Report on plague and inoculation in the Punjab from October 1st ... to September 30th..., being the ... season of plague in the province
Disease focus: Plague
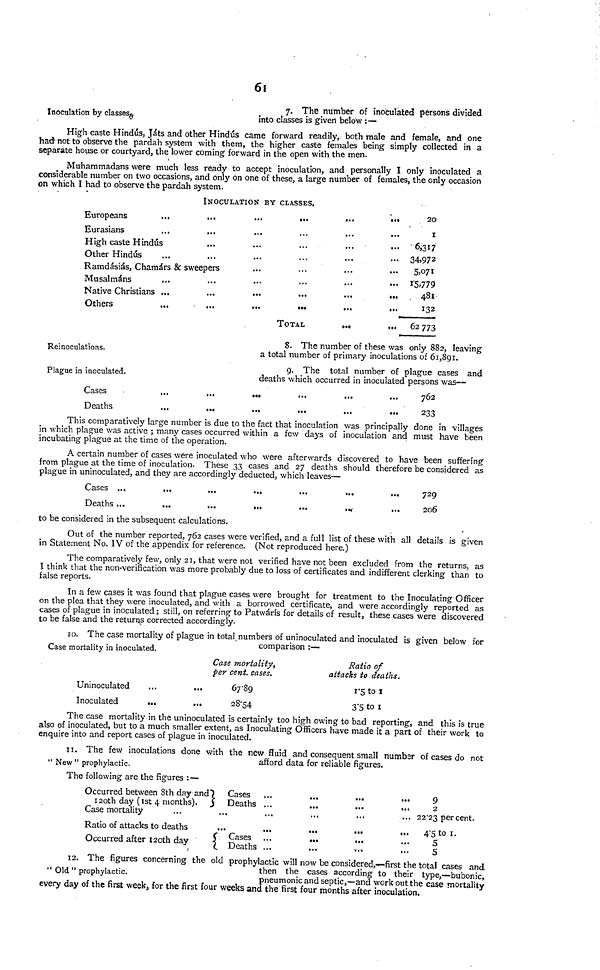
61
Inoculation by classes
7. The number of inoculated persons divided
into classes is given below :—
High caste Hindús, Játs and other Hindús came forward readily, both male and female, and one
had not to observe the pardah system with them, the higher caste females being simply collected in a
separate house or courtyard, the lower coming forward in the open with the men.
Muhammadans were much less ready to accept inoculation, and personally I only inoculated a
considerable number on two occasions, and only on one of these, a large number of females, the only occasion
on which I had to observe the pardah system.
Europeans ...
Eurasians ...
High caste Hindús
Other Hindús ...
INOCULATION BY CLASSES.
...
...
...
...
Ramdásiás, Chamárs & sweepers
Musalmáns ...
Native Christians ...
Others
...
...
...
...
...
...
...
...
...
...
...
...
...
...
...
...
...
...
...
...
TOTAL
...
...
...
...
...
...
...
...
...
...
...
...
...
...
...
...
...
...
20
I
6,317
34,972
5,071
13,779
481
132
62773
Reinoculations.
8. The number of these was only 882, leaving
a total number of primary inoculations of 61,891.
Plague in inoculated.
9. The total number of plague cases and
deaths which occurred in inoculated persons was—
Cases
Deaths
...
...
...
...
...
...
...
...
...
...
...
...
762
233
This comparatively large number is due to the fact that inoculation was principally done in villages
in which plague was active ; many cases occurred within a few days of inoculation and must have been
incubating plague at the time of the operation.
A certain number of cases were inoculated who were afterwards discovered to have been suffering
from plague at the time of inoculation. These 33 cases and 27 deaths should therefore be considered as
plague in uninoculated, and they are accordingly deducted, which leaves—
Cases
Deaths
...
...
...
...
...
...
...
...
...
...
...
...
...
...
729
206
to be considered in the subsequent calculations.
Out of the number reported, 762 cases were verified, and a full list of these with all details is given
in Statement No. IV of the appendix for reference. (Not reproduced here.)
The comparatively few, only 21, that were not verified have not been excluded from the returns, as
I think that the non-verification was more probably due to loss of certificates and indifferent clerking than to
false reports.
In a few cases it was found that plague cases were brought for treatment to the Inoculating Officer
on the plea that they were inoculated, and with a borrowed certificate, and were accordingly reported as
cases of plague in inoculated ; still, on referring to Patwárís for details of result, these cases were discovered
to be false and the returns corrected accordingly.
Case mortality in inoculated.
10. The case mortality of plague in total numbers of uninoculated and inoculated is given below for
comparison :—
Uninoculated
Inoculated
...
...
...
...
Case mortality,
per cent. cases.
67.89
28.54
Ratio of
attacks to deaths.
1.5 to 1
3.5 to 1
The case mortality in the uninoculated is certainly too high owing to bad reporting, and this is true
also of inoculated, but to a much smaller extent, as Inoculating Officers have made it a part of their work to
enquire into and report cases of plague in inoculated.
" New " prophylactic.
11. The few inoculations done with the new fluid and consequent small number of cases do not
afford data for reliable figures.
The following are the figures : —
Occurred between 8th day and
120th day (1st 4 months).
Case mortality ...
Ratio of attacks to deaths
Occurred after 120th day
Cases
Deaths
...
...
Cases
Deaths
...
...
...
...
...
...
...
...
...
...
...
...
...
...
...
...
...
...
...
...
...
...
...
...
9
2
22.23 per cent.
4.5 to 1.
5
5
" Old " prophylactic.
12. The figures concerning the old prophylactic will now be considered,—first the total cases and
then the cases according to their type,—bubonic,
pneumonic and septic,—and work out the case mortality
every day of the first week, for the first four weeks and the first four months after inoculation.